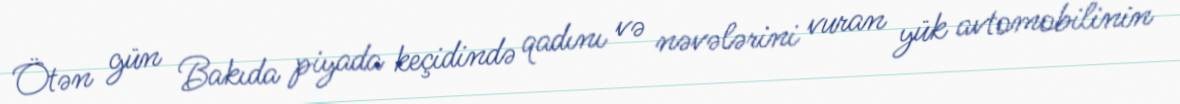
Ötən gün Bakıda piyada keçidində qadını və nəvələrini vuran yük avtomobilinin